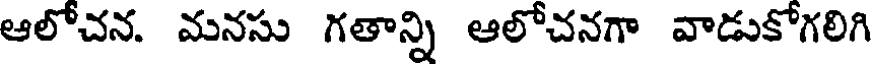
ఆలోచన. మనసు గతాన్ని ఆలోచనగా వాడుకోగలిగి